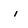
Character: i